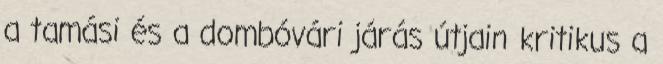
a tamási és a dombóvári járás útjain kritikus a